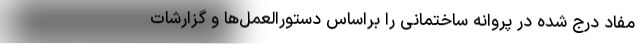
مفاد درج شده در پروانه ساختمانی را براساس دستورالعمل‌ها و گزارشات